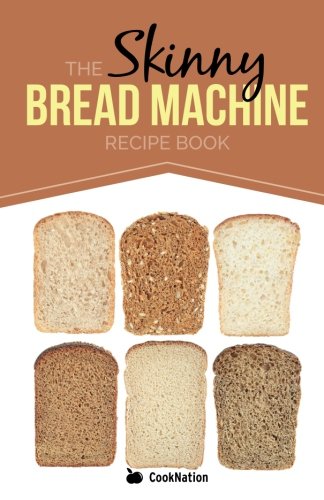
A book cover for The Skinny Bread Machine Recipe Book: Simple, Lower Calorie, Healthy Breads... Baked To Perfection In Your Bread Maker; CookNation; Cookbooks, Food & Wine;